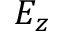
E _ { z }